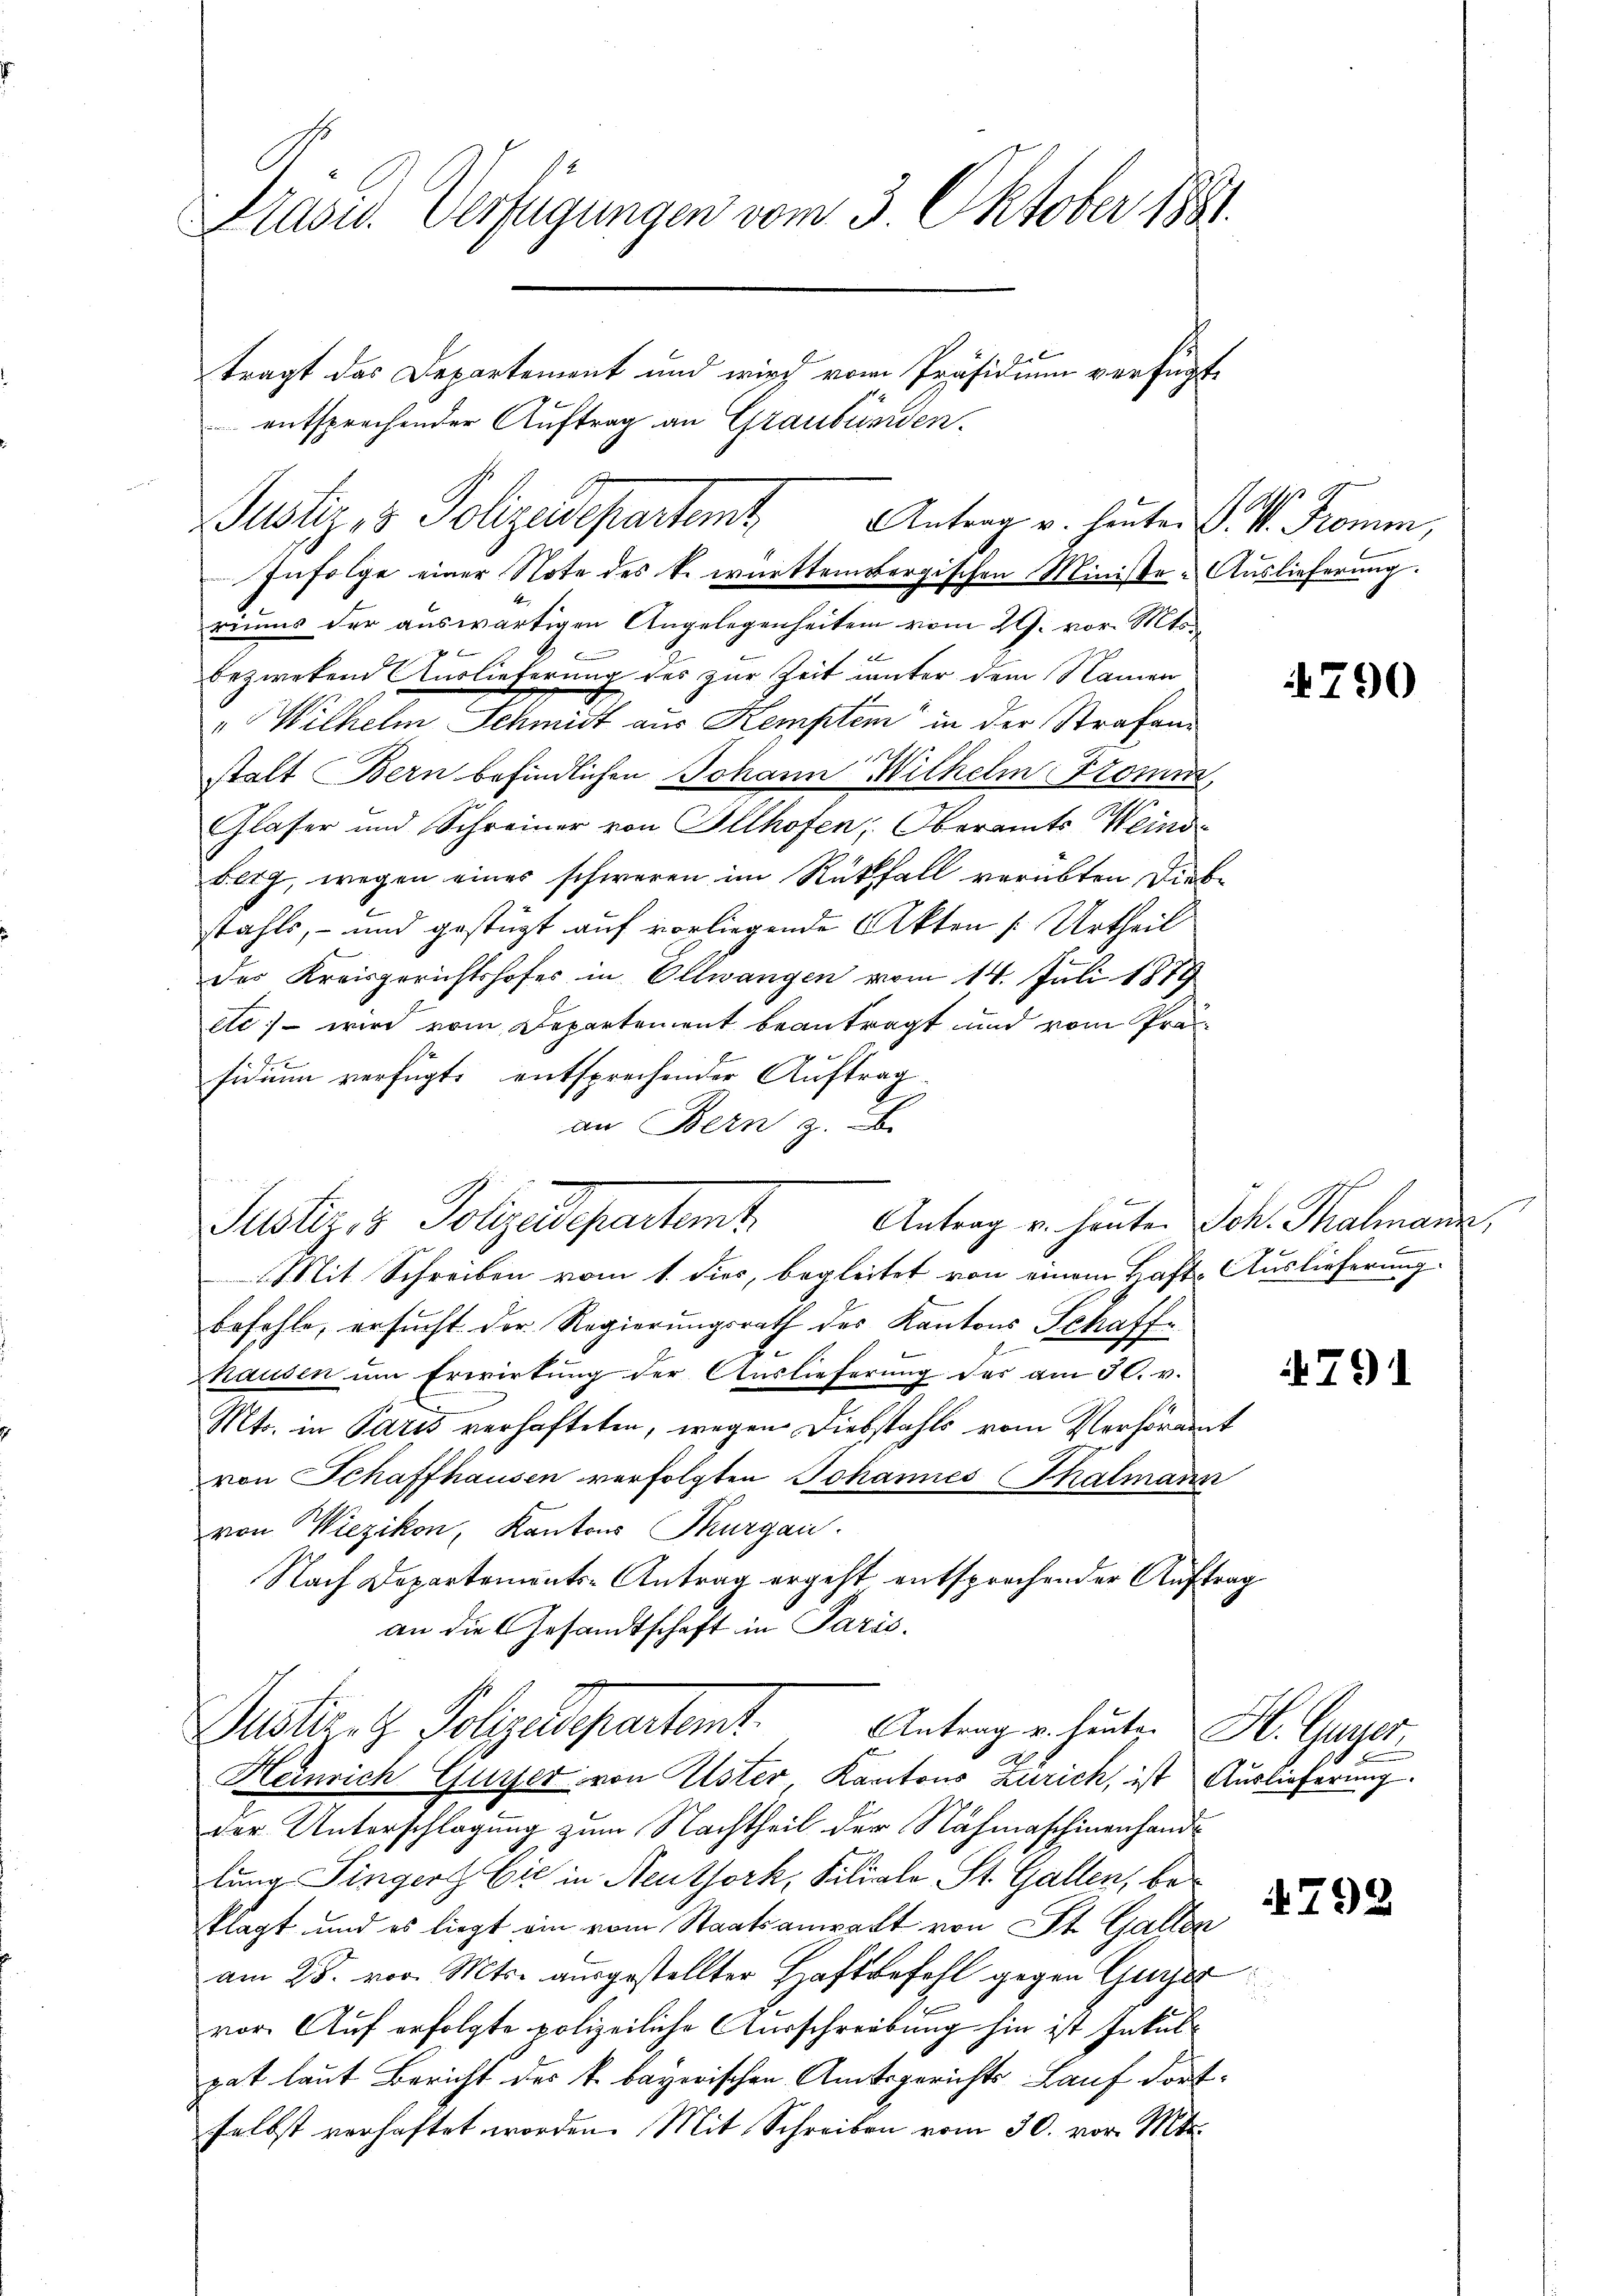
Präsid. Verfügungen vom 3. Oktober 1881.
2x
tragt das Departement und wird vom Präsidium verfügt,
 entsprechender Auftrag an Graubünden.

Infolge einer Note des k. württembergischen Ministe Auslieferung.
riums der auswärtigen Angelegenheiten vom 29. vor. Mts.

b
bezwetend Auslieferung des zur Zeit unter dem Namen
"Wilhelm Schmidt aus Kempten in der Strafenstalt Bern befindlichen Johann Wilhelm Fromm,
Glaser und Schreiner von Allhofen: Oberamts Weinsberg, wegen eines schweren im Rückfall verübten Diebstahls, - und gestüzt auf vorliegende Akten Urtheil
des Kreisgerichtshofes in Ollwangen vom 14. Juli 1879
etc; – wird vom Departement beantragt und vom Prä¬
2
sidium verfügte entsprechender Auftrag
an Bern z.
Antrag u. heuten Joh. Thalmann,
Mit Schreiben vom 1. dies, begleitet von einem Haft-Auslieferung
befehle, ersucht der Regierungsrath des Kantons Schaffhausen ŭm Erwirtŭng der Auslieferŭng des am 30. v.
Mts. in Paris verhafteten, wegen Diebstahls vom Verhöramt
von Schaffhausen verfolgten Johannes Thalmann
von Wiezikon, Kantons Thurgau.
Nach Departements-Antrag ergeht entsprechender Auftrag
an die Gesandtschaft in Paris.
Justiret Polyedepartamt.
Antrag u. heute. H. Guyer,
Heinrich Guyser von Uster, Kantons Zürich, ist Auslieferung.
der Unterschlagung zum Nachtheil der Nachmaschinenhandlung Singert Cie in Neuthork, Filiale St. Gallen, beklagt und es liegt ein vom Staatsanwalt von St. Gallen
am 28. vor. Mts. ausgestellter Haftbefehl gegen Gugger
vor. Auf erfolgte polizeiliche Ausschreibung hin ist Inkulgat laut Bericht des k. bayerischen Amtsgerichts Lauf dortselbst verhaftet worden. Mit Schreiben vom 30. vor. Mts.

Justiz & Polizeidepartemt.

Justiz, 3 Polizeidepartamt Antrag v. heute L. St. Promen,

790

791

4798